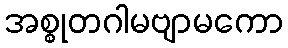
အစ္စုတဂါမဗျာမကော